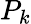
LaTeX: P_{k}